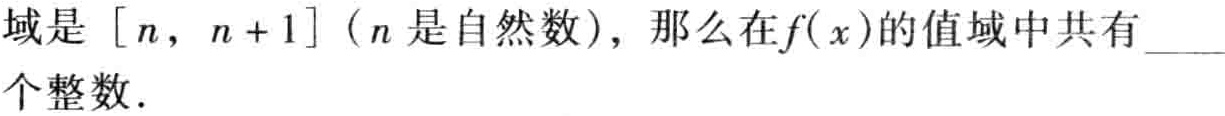
域是 $[n, n + 1]$（$n$ 是自然数），那么在$f(x)$的值域中共有____个整数.